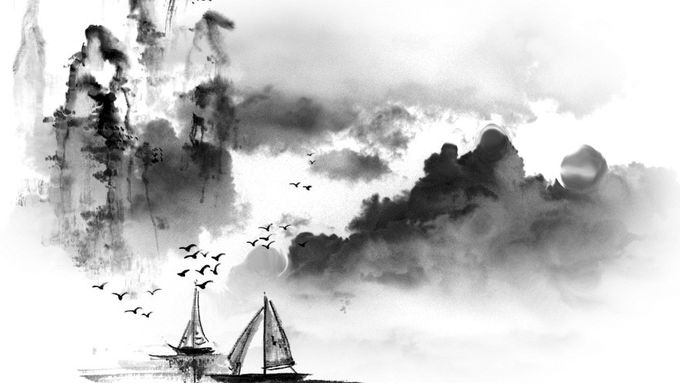
醉后不知天在水，满船清梦压星河。